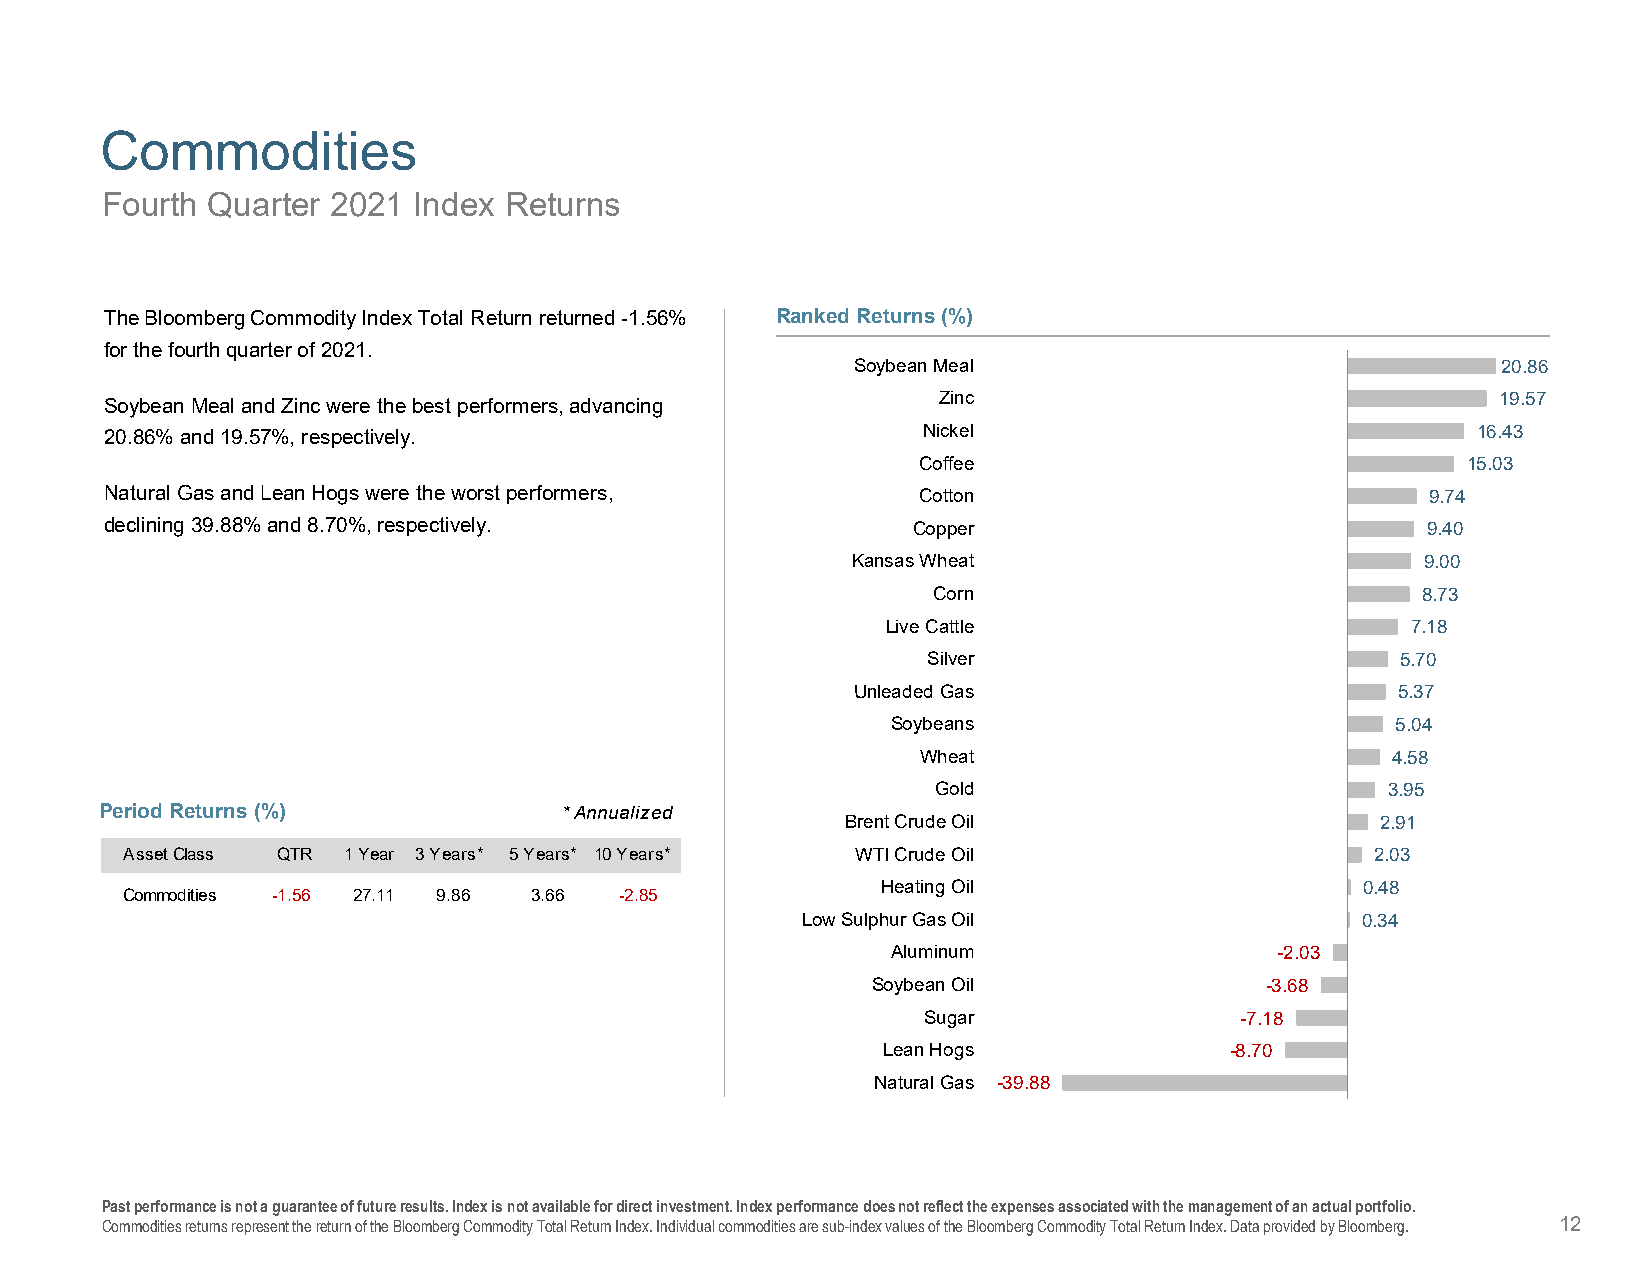
Commodities
 Fourth Quarter 2021 Index Returns
 The Bloomberg Commodity Index Total Return returned -1.56% Ranked Returns (%)
 for the fourth quarter of 2021.
 Soybean Meal                              20.86
 Soybean Meal and Zinc were the best performers, advancing Zinc                              19.57
 20.86% and 19.57%, respectively.                      Nickel                               16.43
 Coffee                              15.03
 Natural Gas and Lean Hogs were the worst performers,  Cotton                            9.74
 declining 39.88% and 8.70%, respectively.            Copper                            9.40
 Kansas Wheat                          9.00
 Corn                            8.73
 Live Cattle                       7.18
 Silver                          5.70
 Unleaded Gas                       5.37
 Soybeans                         5.04
 Wheat                          4.58
 Gold                          3.95
 Period Returns (%)            * Annualized
 Brent Crude Oil                    2.91
 Asset Class QTR 1 Year 3 Years** 5 Years** 10 Years** WTI Crude Oil                2.03
 Heating Oil                     0.48
 Commodities -1.56 27.11 9.86 3.66 -2.85
 Low Sulphur Gas Oil                  0.34
 Aluminum                  -2.03
 Soybean Oil               -3.68
 Sugar                -7.18
 Lean Hogs              -8.70
 Natural Gas -39.88
 Past performance is not a guarantee of future results. Index is not available for direct investment. Index performance does not reflect the expenses associated with the management of an actual portfolio.
 Commodities returns represent the return of the Bloomberg Commodity Total Return Index. Individual commodities are sub-index values of the Bloomberg Commodity Total Return Index. Data provided by Bloomberg. 12